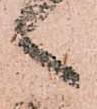
々